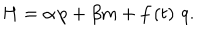
LaTeX: H = \alpha \, p + \beta m + f \left( t \right) \, q .